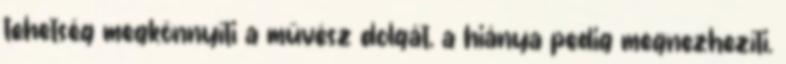
tehetség megkönnyíti a művész dolgát, a hiánya pedig megnezhezíti.